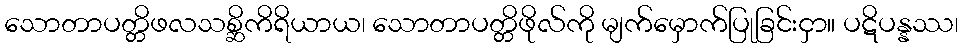
သောတာပတ္တိဖလသစ္ဆိကိရိယာယ၊ သောတာပတ္တိဖိုလ်ကို မျက်မှောက်ပြုခြင်းငှာ။ ပဋိပန္နဿ၊